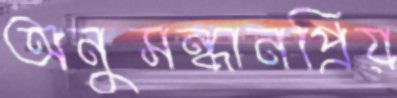
অনুসন্ধানপ্রিয়